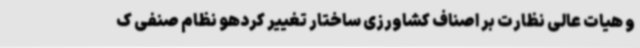
و هیات عالی نظارت بر اصناف کشاورزی ساختار تغییر کردهو نظام صنفی ک